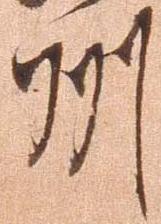
州